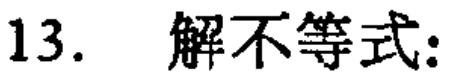
13. 解不等式: